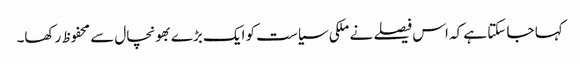
کہا جا سکتا ہے کہ اس فیصلے نے ملکی سیاست کو ایک بڑے بھونچال سے محفوظ رکھا۔